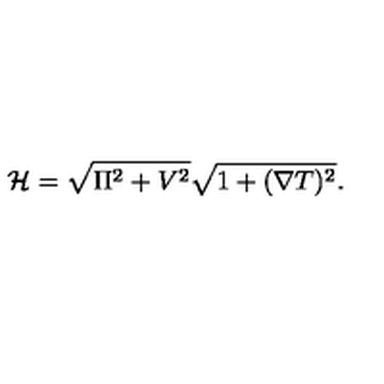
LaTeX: { \cal H } = \sqrt { \Pi ^ { 2 } + V ^ { 2 } } \sqrt { 1 + ( \nabla T ) ^ { 2 } } .